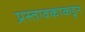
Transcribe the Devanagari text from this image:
प्रस्तावकाकडून